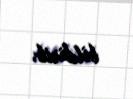
bildirib.